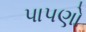
પાપણો